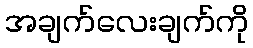
အချက်လေးချက်ကို